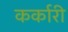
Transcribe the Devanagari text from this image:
कर्कारी